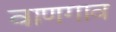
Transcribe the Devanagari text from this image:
वाणगाव